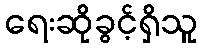
ရေးဆိုခွင့်ရှိသူ